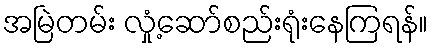
အမြဲတမ်း လှုံ့ဆော်စည်းရုံးနေကြရန်။